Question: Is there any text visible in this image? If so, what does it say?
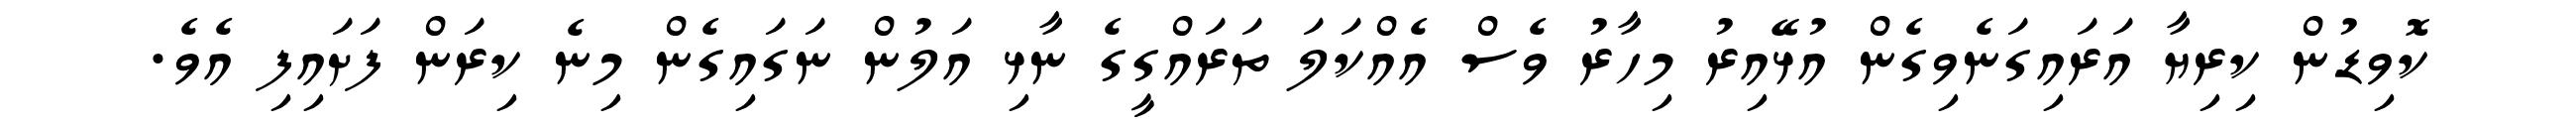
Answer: ކޮވިޑުން ކިރިޔާ އަރައިގަނެވިގެން އުޅޭއިރު މިހާރު ވެސް އެއްކަލަ ތަރައްގީގެ ނާޅި އަލުން ނަގައިގެން މިނެ ކިރަން ފަށައިފި އެވެ.